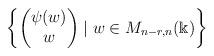
LaTeX: \begin{align*}\left\{ \begin{pmatrix} \psi(w) \\ w \end{pmatrix} \mid w\in M_{n-r,n}(\Bbbk ) \right \} \end{align*}